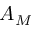
A _ { M }